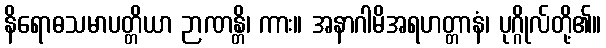
နိရောဓသမာပတ္တိယာ ဉာဏန္တိ၊ ကား။ အနာဂါမိအရဟတ္တာနံ၊ ပုဂ္ဂိုလ်တို့၏။